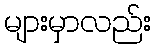
များမှာလည်း